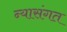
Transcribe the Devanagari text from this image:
न्यासंगत